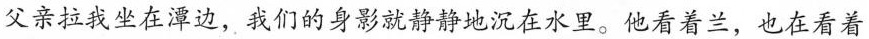
父亲拉我坐在潭边，我们的身影就静释地沉在水里。他看着兰，也在看着